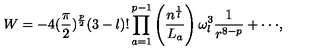
W = - 4 ( \frac { \pi } { 2 } ) ^ { \frac { p } { 2 } } ( 3 - l ) ! \prod _ { a = 1 } ^ { p - 1 } \left( \frac { n ^ { \frac { 1 } { l } } } { L _ { a } } \right) \omega _ { l } ^ { 3 } \frac 1 { r ^ { 8 - p } } + \cdot \cdot \cdot ,